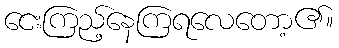
ငေးကြည့်နေကြရလေတော့၏။